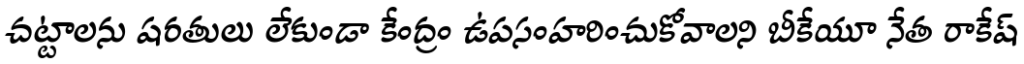
చట్టాలను షరతులు లేకుండా కేంద్రం ఉపసంహరించుకోవాలని బీకేయూ నేత రాకేష్